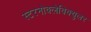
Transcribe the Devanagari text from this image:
स्टरनोक्लेविक्युलर